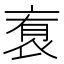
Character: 𬡑